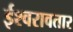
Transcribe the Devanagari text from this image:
ईश्वरावतार